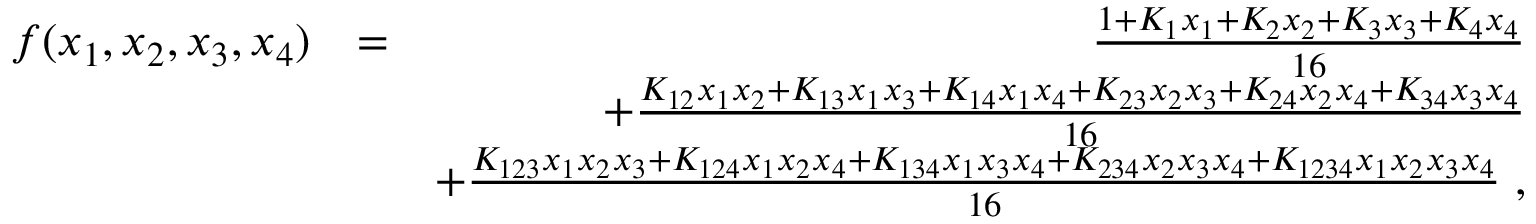
\begin{array} { r l r } { f ( x _ { 1 } , x _ { 2 } , x _ { 3 } , x _ { 4 } ) } & { = } & { \frac { 1 + K _ { 1 } x _ { 1 } + K _ { 2 } x _ { 2 } + K _ { 3 } x _ { 3 } + K _ { 4 } x _ { 4 } } { 1 6 } } \\ & { } & { + \frac { K _ { 1 2 } x _ { 1 } x _ { 2 } + K _ { 1 3 } x _ { 1 } x _ { 3 } + K _ { 1 4 } x _ { 1 } x _ { 4 } + K _ { 2 3 } x _ { 2 } x _ { 3 } + K _ { 2 4 } x _ { 2 } x _ { 4 } + K _ { 3 4 } x _ { 3 } x _ { 4 } } { 1 6 } } \\ & { } & { + \frac { K _ { 1 2 3 } x _ { 1 } x _ { 2 } x _ { 3 } + K _ { 1 2 4 } x _ { 1 } x _ { 2 } x _ { 4 } + K _ { 1 3 4 } x _ { 1 } x _ { 3 } x _ { 4 } + K _ { 2 3 4 } x _ { 2 } x _ { 3 } x _ { 4 } + K _ { 1 2 3 4 } x _ { 1 } x _ { 2 } x _ { 3 } x _ { 4 } } { 1 6 } \; , } \end{array}